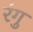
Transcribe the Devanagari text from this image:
रंगु